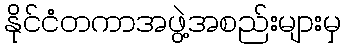
နိုင်ငံတကာအဖွဲ့အစည်းများမှ